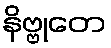
နိဗ္ဗုတေ